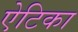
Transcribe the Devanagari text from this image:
ऐटिका